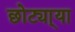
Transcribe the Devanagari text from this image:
छोट्या्या